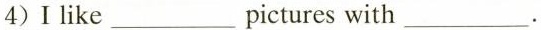
4) I like ___pictures with ___.